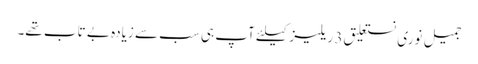
جمیل نوری نستعلیق 3 ریلیز کیلئے آپ ہی سب سے زیادہ بے تاب تھے۔